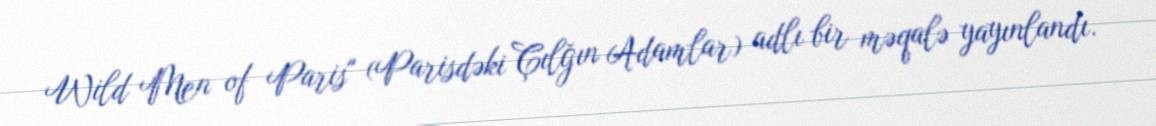
Wild Men of Paris" (Parisdəki Çılğın Adamlar) adlı bir məqalə yayınlandı.